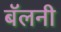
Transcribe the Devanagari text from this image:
बॅलनी